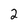
Character: 2